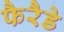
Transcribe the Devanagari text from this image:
फैरैडे